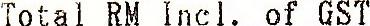
TOTAL RM INCL. OF GST